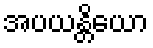
အပယန္တိယော